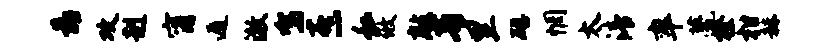
靠攻赳甯遁澈驾熹私攸敲青里磴惘太清率甍榛柑赫